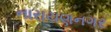
નારાયણનગર